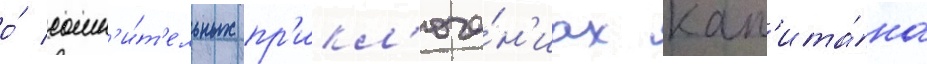
о́ сомн'и́т'ельных пр'икл'юче́н'иах кап'ита́на